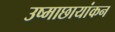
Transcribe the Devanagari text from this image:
उष्माछायांकन